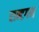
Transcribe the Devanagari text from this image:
रान्टगन